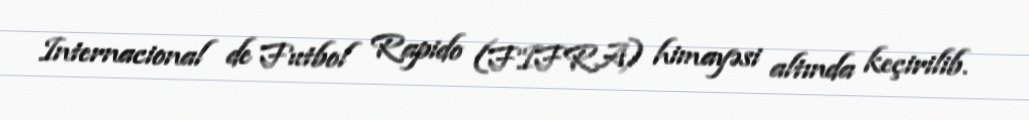
Internacional de Futbol Rapido (FIFRA) himayəsi altında keçirilib.